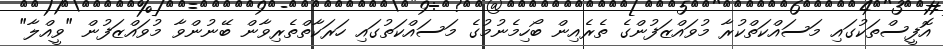
އޮފީސްތަކުގައި މަސައްކަތްކުރާ މުވައްޒަފުންގެ ތެރެއިން ބޯހިމެނުމުގެ މަސައްކަތުގައި ހަރަކާތްތެރިވާން ބޭނުންވާ މުވައްޒަފުން "ވީއްލާ"